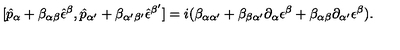
[ \hat { p } _ { \alpha } + \beta _ { \alpha \beta } \hat { \epsilon } ^ { \beta } , \hat { p } _ { \alpha ^ { \prime } } + \beta _ { \alpha ^ { \prime } \beta ^ { \prime } } \hat { \epsilon } ^ { \beta ^ { \prime } } ] = i ( \beta _ { \alpha \alpha ^ { \prime } } + \beta _ { \beta \alpha ^ { \prime } } \partial _ { \alpha } \epsilon ^ { \beta } + \beta _ { \alpha \beta } \partial _ { \alpha ^ { \prime } } \epsilon ^ { \beta } ) .